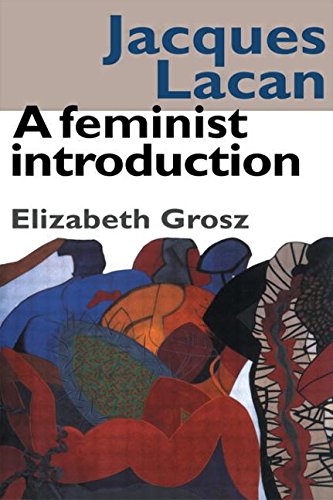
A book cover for Jacques Lacan: A Feminist Introduction; Elizabeth Grosz; Gay & Lesbian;